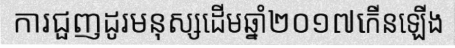
ការជួញដូរមនុស្សដើមឆ្នាំ២០១៧កើនឡើង